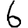
Digit: 6